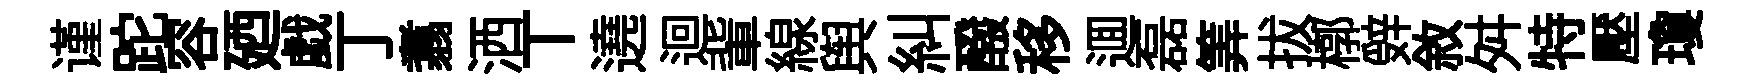
谨跎容廼戯丁翥洒丅遶迴軰線舆糾醱移逥磊筭拔槨辤敘舛特壓瓊